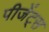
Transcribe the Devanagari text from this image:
पीजेंट्स